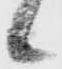
候